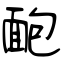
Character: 靤